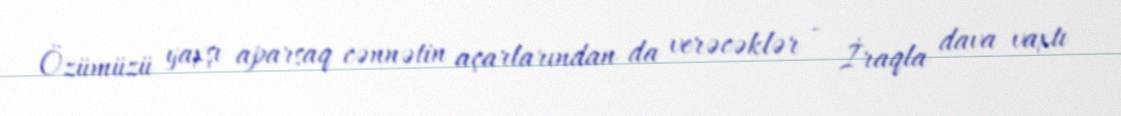
Özümüzü yaxşı aparsaq cənnətin açarlarından da verəcəklər - İraqla dava vaxtı